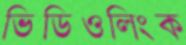
ভিডিওলিংক